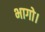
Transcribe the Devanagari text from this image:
भागो।